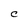
Character: C